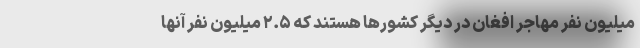
میلیون نفر مهاجر افغان در دیگر کشورها هستند که ۲.۵ میلیون نفر آنها